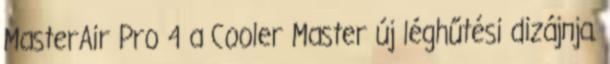
MasterAir Pro 4 a Cooler Master új léghűtési dizájnja.